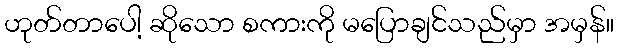
ဟုတ်တာပေါ့ ဆိုသော စကားကို မပြောချင်သည်မှာ အမှန်။